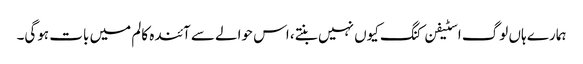
ہمارے ہاں لوگ اسٹیفن کنگ کیوں نہیں بنتے، اس حوالے سے آئندہ کالم میں بات ہوگی۔